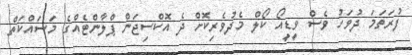
ފުރަތަމަ ދުވަހު ވެސް ވީޑީއޯ ކޯލް މެދުވެރިކޮށް ދެ އޮކްސިޖަން ޕްލާންޓެއްގެ މަސައްކަތް